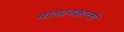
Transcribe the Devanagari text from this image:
बालानकान्चे